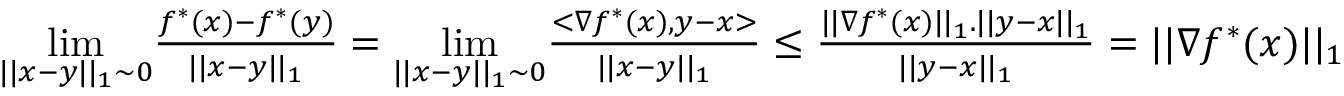
\begin{array} { r l } { } & { \underset { | | x - y | | _ { 1 } \sim 0 } { \operatorname* { l i m } } \frac { f ^ { * } ( x ) - f ^ { * } ( y ) } { | | x - y | | _ { 1 } } = \underset { | | x - y | | _ { 1 } \sim 0 } { \operatorname* { l i m } } \frac { < \nabla f ^ { * } ( x ) , y - x > } { | | x - y | | _ { 1 } } \leq \frac { | | \nabla f ^ { * } ( x ) | | _ { 1 } . | | y - x | | _ { 1 } } { | | y - x | | _ { 1 } } = | | \nabla f ^ { * } ( x ) | | _ { 1 } } \end{array}